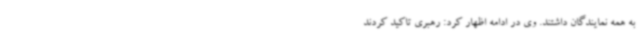
به همه نمایندگان داشتند. وی در ادامه اظهار کرد: رهبری تاکید کردند